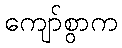
ကျော်စွာက